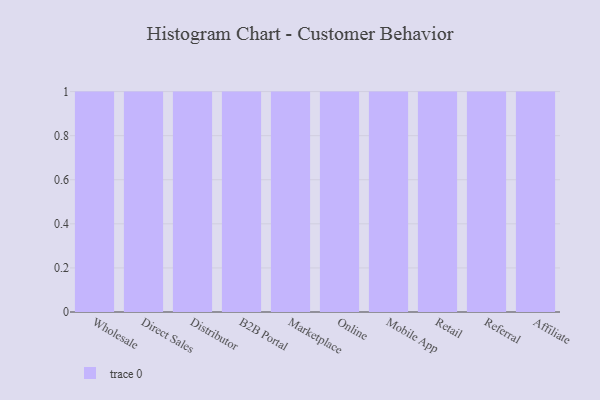
{"axis": {"x": "Channel", "y": "Page Views"}, "legend": [""], "data": [{"x": "Wholesale", "y": 8, "type": ""}, {"x": "Direct Sales", "y": 72, "type": ""}, {"x": "Distributor", "y": 52, "type": ""}, {"x": "B2B Portal", "y": 30, "type": ""}, {"x": "Marketplace", "y": 5, "type": ""}, {"x": "Online", "y": 35, "type": ""}, {"x": "Mobile App", "y": 75, "type": ""}, {"x": "Retail", "y": 72, "type": ""}, {"x": "Referral", "y": 75, "type": ""}, {"x": "Affiliate", "y": 88, "type": ""}]}